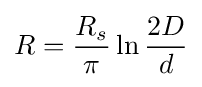
R={\frac {R_{s}}{\pi }}\ln {\frac {2D}{d}}